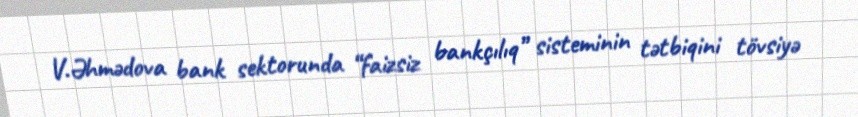
V.Əhmədova bank sektorunda “faizsiz bankçılıq” sisteminin tətbiqini tövsiyə